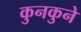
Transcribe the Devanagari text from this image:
कुनकुने